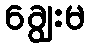
ချွေးမ